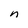
Character: n